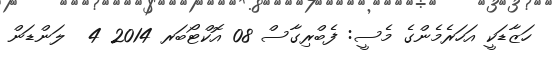
ހަޒާޑަކީ އަހަރެމެންގެ މެސީ: ފެބްރިގާސް 08 އޮކްޓޯބަރ 2014 4  ލަންޑަން